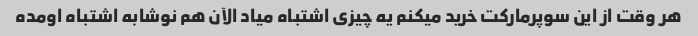
هر وقت از این سوپرمارکت خرید میکنم یه چیزی اشتباه میاد الآن هم نوشابه اشتباه اومده